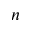
\boldsymbol { n }